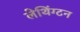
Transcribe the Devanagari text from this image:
लेथिंग्टन